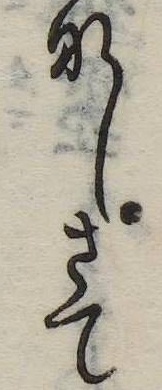
なしさて